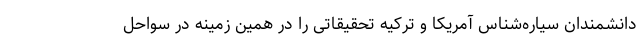
دانشمندان سیاره‌شناس آمریکا و ترکیه تحقیقاتی را در همین زمینه در سواحل